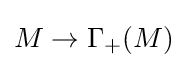
M\to \Gamma _{+}(M)